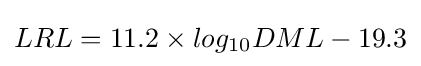
LRL=11.2\times log_{10}DML-19.3